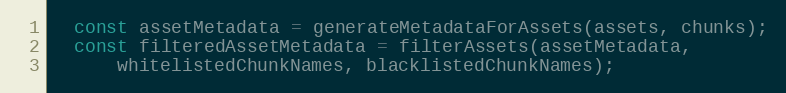
Language: JavaScript
  const assetMetadata = generateMetadataForAssets(assets, chunks);
  const filteredAssetMetadata = filterAssets(assetMetadata,
      whitelistedChunkNames, blacklistedChunkNames);